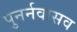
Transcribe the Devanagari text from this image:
पुनर्नवासव